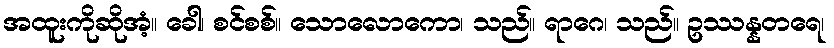
အထူးကိုဆိုအံ့။ ခေါ၊ စင်စစ်။ သောလောကော၊ သည်။ ရာဂေ၊ သည်။ ဥဿန္နတရေ၊